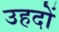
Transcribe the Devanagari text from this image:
उहदों